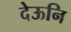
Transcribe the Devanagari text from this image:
देऊनि